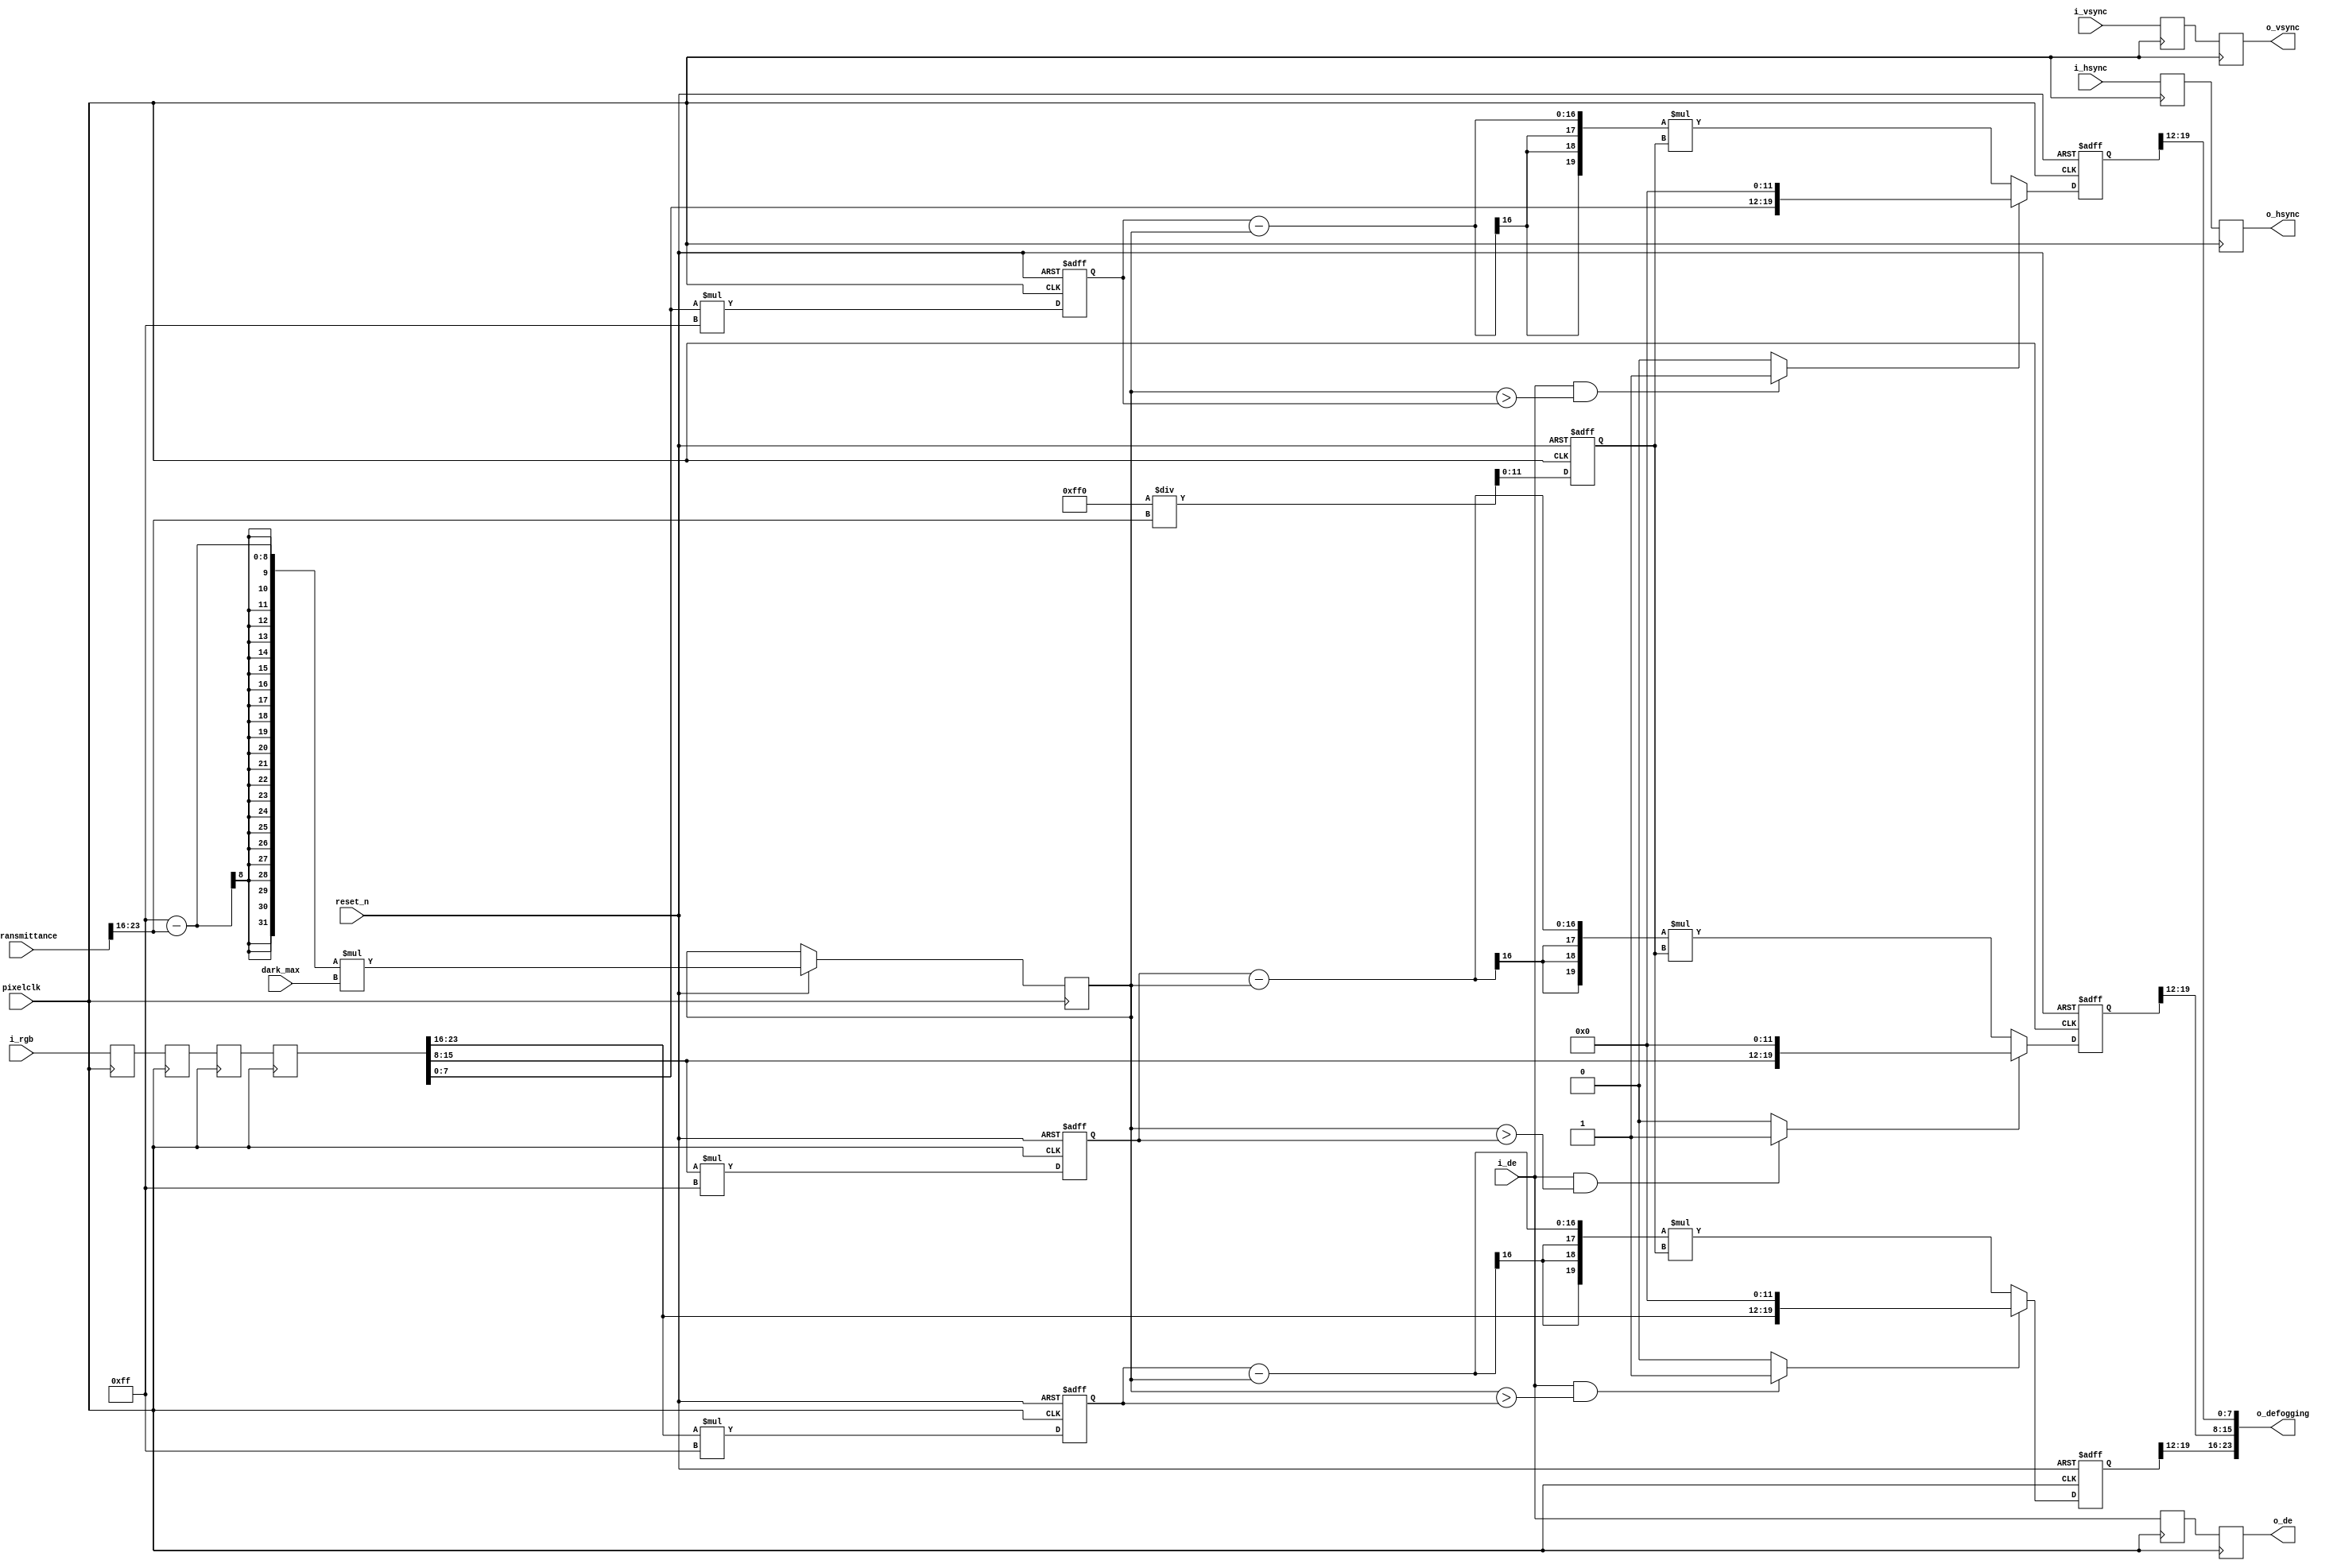


`timescale 1ns / 1ps
module defogging(
       input						    pixelclk,
	   input                            reset_n,

  	   input          [23:0]            i_rgb,
	   input          [23:0]            i_transmittance,
	   input          [7:0]             dark_max,
	   input						    i_hsync,
	   input							i_vsync,
	   input							i_de,
	   
       output         [23:0]            o_defogging,
	   output							o_hsync,
	   output							o_vsync,                                                                                                  
	   output						    o_de                                                                                               
	   );
parameter DEVIDER = 255*16;
	   
reg                       hsync_r,hsync_r0;
reg                       vsync_r,vsync_r0;
reg                       de_r,de_r0;
reg         [23:0]        rgb_r0,rgb_r1,rgb_r2,rgb_r3;//delay 4 clock
wire [7:0]                r;
wire [7:0]                g;
wire [7:0]                b;
wire [7:0]                transmittance_gray;
reg [19:0]                r_r;
reg [19:0]                r_g;
reg [19:0]                r_b;

wire                      r_flag;
wire                      g_flag;
wire                      b_flag;

reg [11:0]                mult1;
reg [15:0]                mult2;
reg [15:0]                mult_r;
reg [15:0]                mult_g;
reg [15:0]                mult_b;

assign                    r_flag = (i_de == 1'b1 && mult2>mult_r)?1'b1:1'b0;
assign                    g_flag = (i_de == 1'b1 && mult2>mult_g)?1'b1:1'b0;
assign                    b_flag = (i_de == 1'b1 && mult2>mult_b)?1'b1:1'b0;
      
always @(posedge pixelclk) begin
  hsync_r <= i_hsync;
  vsync_r <= i_vsync;
  de_r    <= i_de;
  
  hsync_r0 <= hsync_r;
  vsync_r0 <= vsync_r;
  de_r0    <= de_r;
  
  rgb_r0 <=i_rgb;
  rgb_r1 <=rgb_r0;
  rgb_r2 <=rgb_r1;
  rgb_r3 <=rgb_r2;
  
end

assign r        = rgb_r3[23:16];
assign g        = rgb_r3[15:8];
assign b        = rgb_r3[7:0];

assign transmittance_gray      = i_transmittance[23:16];//transmittance gray
              
assign o_hsync  = hsync_r0;
assign o_vsync  = vsync_r0;
assign o_de     = de_r0;
assign o_defogging   = {r_r[19:12],r_g[19:12],r_b[19:12]};  

/*
always @(posedge pixelclk or negedge reset_n) begin
  if(!reset_n) begin
   r_r <= 24'b0;
   r_g <= 24'b0;
   r_b <= 24'b0;
  end
  else begin
    r_r <= (r*255-(255-transmittance_gray)*dark_max)*(255/transmittance_gray);
	r_g <= (g*255-(255-transmittance_gray)*dark_max)*(255/transmittance_gray);
	r_b <= (b*255-(255-transmittance_gray)*dark_max)*(255/transmittance_gray);
  end
end
*/

always @(posedge pixelclk or negedge reset_n) begin
  if(!reset_n) begin
   r_r <= 20'b0;
   r_g <= 20'b0;
   r_b <= 20'b0;
   mult1 <= 12'b0;
   mult_r <= 16'b0;
   mult_g <= 16'b0;
   mult_b <= 16'b0;
  end
  else begin
    mult1 <= DEVIDER/transmittance_gray;
	mult2 <= (255-transmittance_gray)*dark_max;
    mult_r <= r*255;
	mult_g <= g*255;
	mult_b <= b*255;
	//r_r <= (mult_r-mult2)*mult1;
    //r_g <= (mult_g-mult2)*mult1;
    //r_b <= (mult_b-mult2)*mult1;
    r_r <= (r_flag == 1'b1)?{r,12'b0}:(mult_r-mult2)*mult1;
    r_g <= (g_flag == 1'b1)?{g,12'b0}:(mult_g-mult2)*mult1;
    r_b <= (b_flag == 1'b1)?{b,12'b0}:(mult_b-mult2)*mult1;
  end
end

endmodule